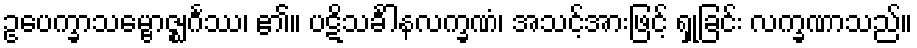
ဥပေက္ခာသမ္ဗောဇ္ဈင်္ဂဿ၊ ၏။ ပဋိသင်္ခါနလက္ခဏံ၊ အသင့်အားဖြင့် ရှုခြင်း လက္ခဏာသည်။